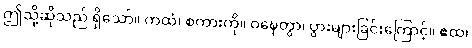
ဤသို့ဆိုသည် ရှိသော်။ ကထံ၊ စကားကို။ ဝဍ္ဎေတွာ၊ ပွားများခြင်းကြောင့်။ ဧထ၊